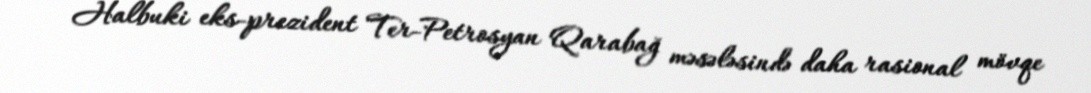
Halbuki eks-prezident Ter-Petrosyan Qarabağ məsələsində daha rasional mövqe